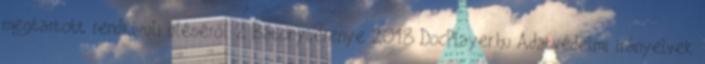
megtartott rendkívüli üléséről 2 Bátonyterenye 2018 DocPlayer.hu Adatvédelmi irányelvek